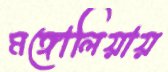
মঙ্গোলিয়ায়